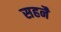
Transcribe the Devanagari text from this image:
सहनै